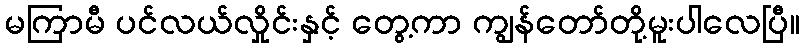
မကြာမီ ပင်လယ်လှိုင်းနှင့် တွေ့ကာ ကျွန်တော်တို့မူးပါလေပြီ။